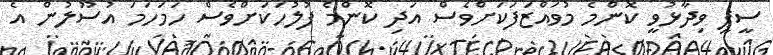
ސީޕީ ވިދާޅުވީ ކޮންމެ މުވައްޒަފަކަށްވެސް އަދި ކޮންމެ ފުލުހަކަށްވެސް ހަމަހަމަ އުސޫލުން އެ